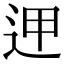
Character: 𨒇